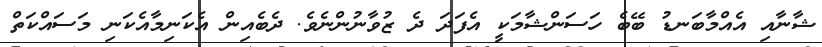
ޝާނާއި އެއްމާބަނޑު ބޭބެ ހަސަންޝާމަކީ އެފަދަ ދެ ޒުވާނުންނެވެ. ދެބެއިން އެކަނިމާއެކަނި މަސައްކަތް